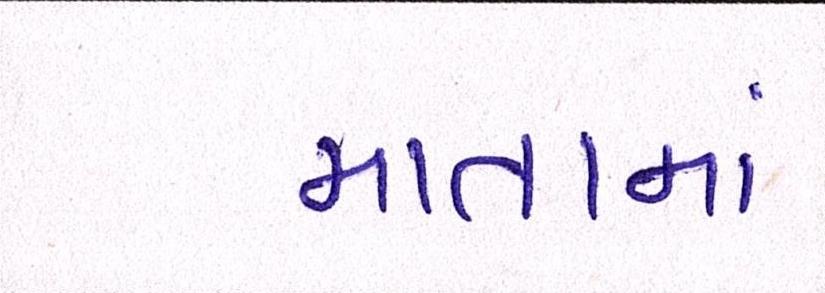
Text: માતામાં